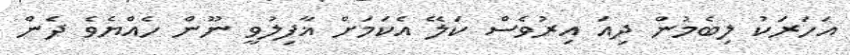
އަހަރަކު ލިބެމުން ދިއަ އިރުވެސް ކަލޭ އެކަމަށް ޣާފިލުވީ ނޫން ހެއްޔެވެ ދެން